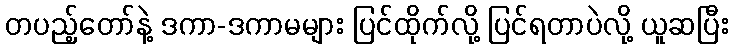
တပည့်တော်နဲ့ ဒကာ-ဒကာမများ ပြင်ထိုက်လို့ ပြင်ရတာပဲလို့ ယူဆပြီး